Saaremaa_Toiduainetetoostuse_Kombinaat, lk 11
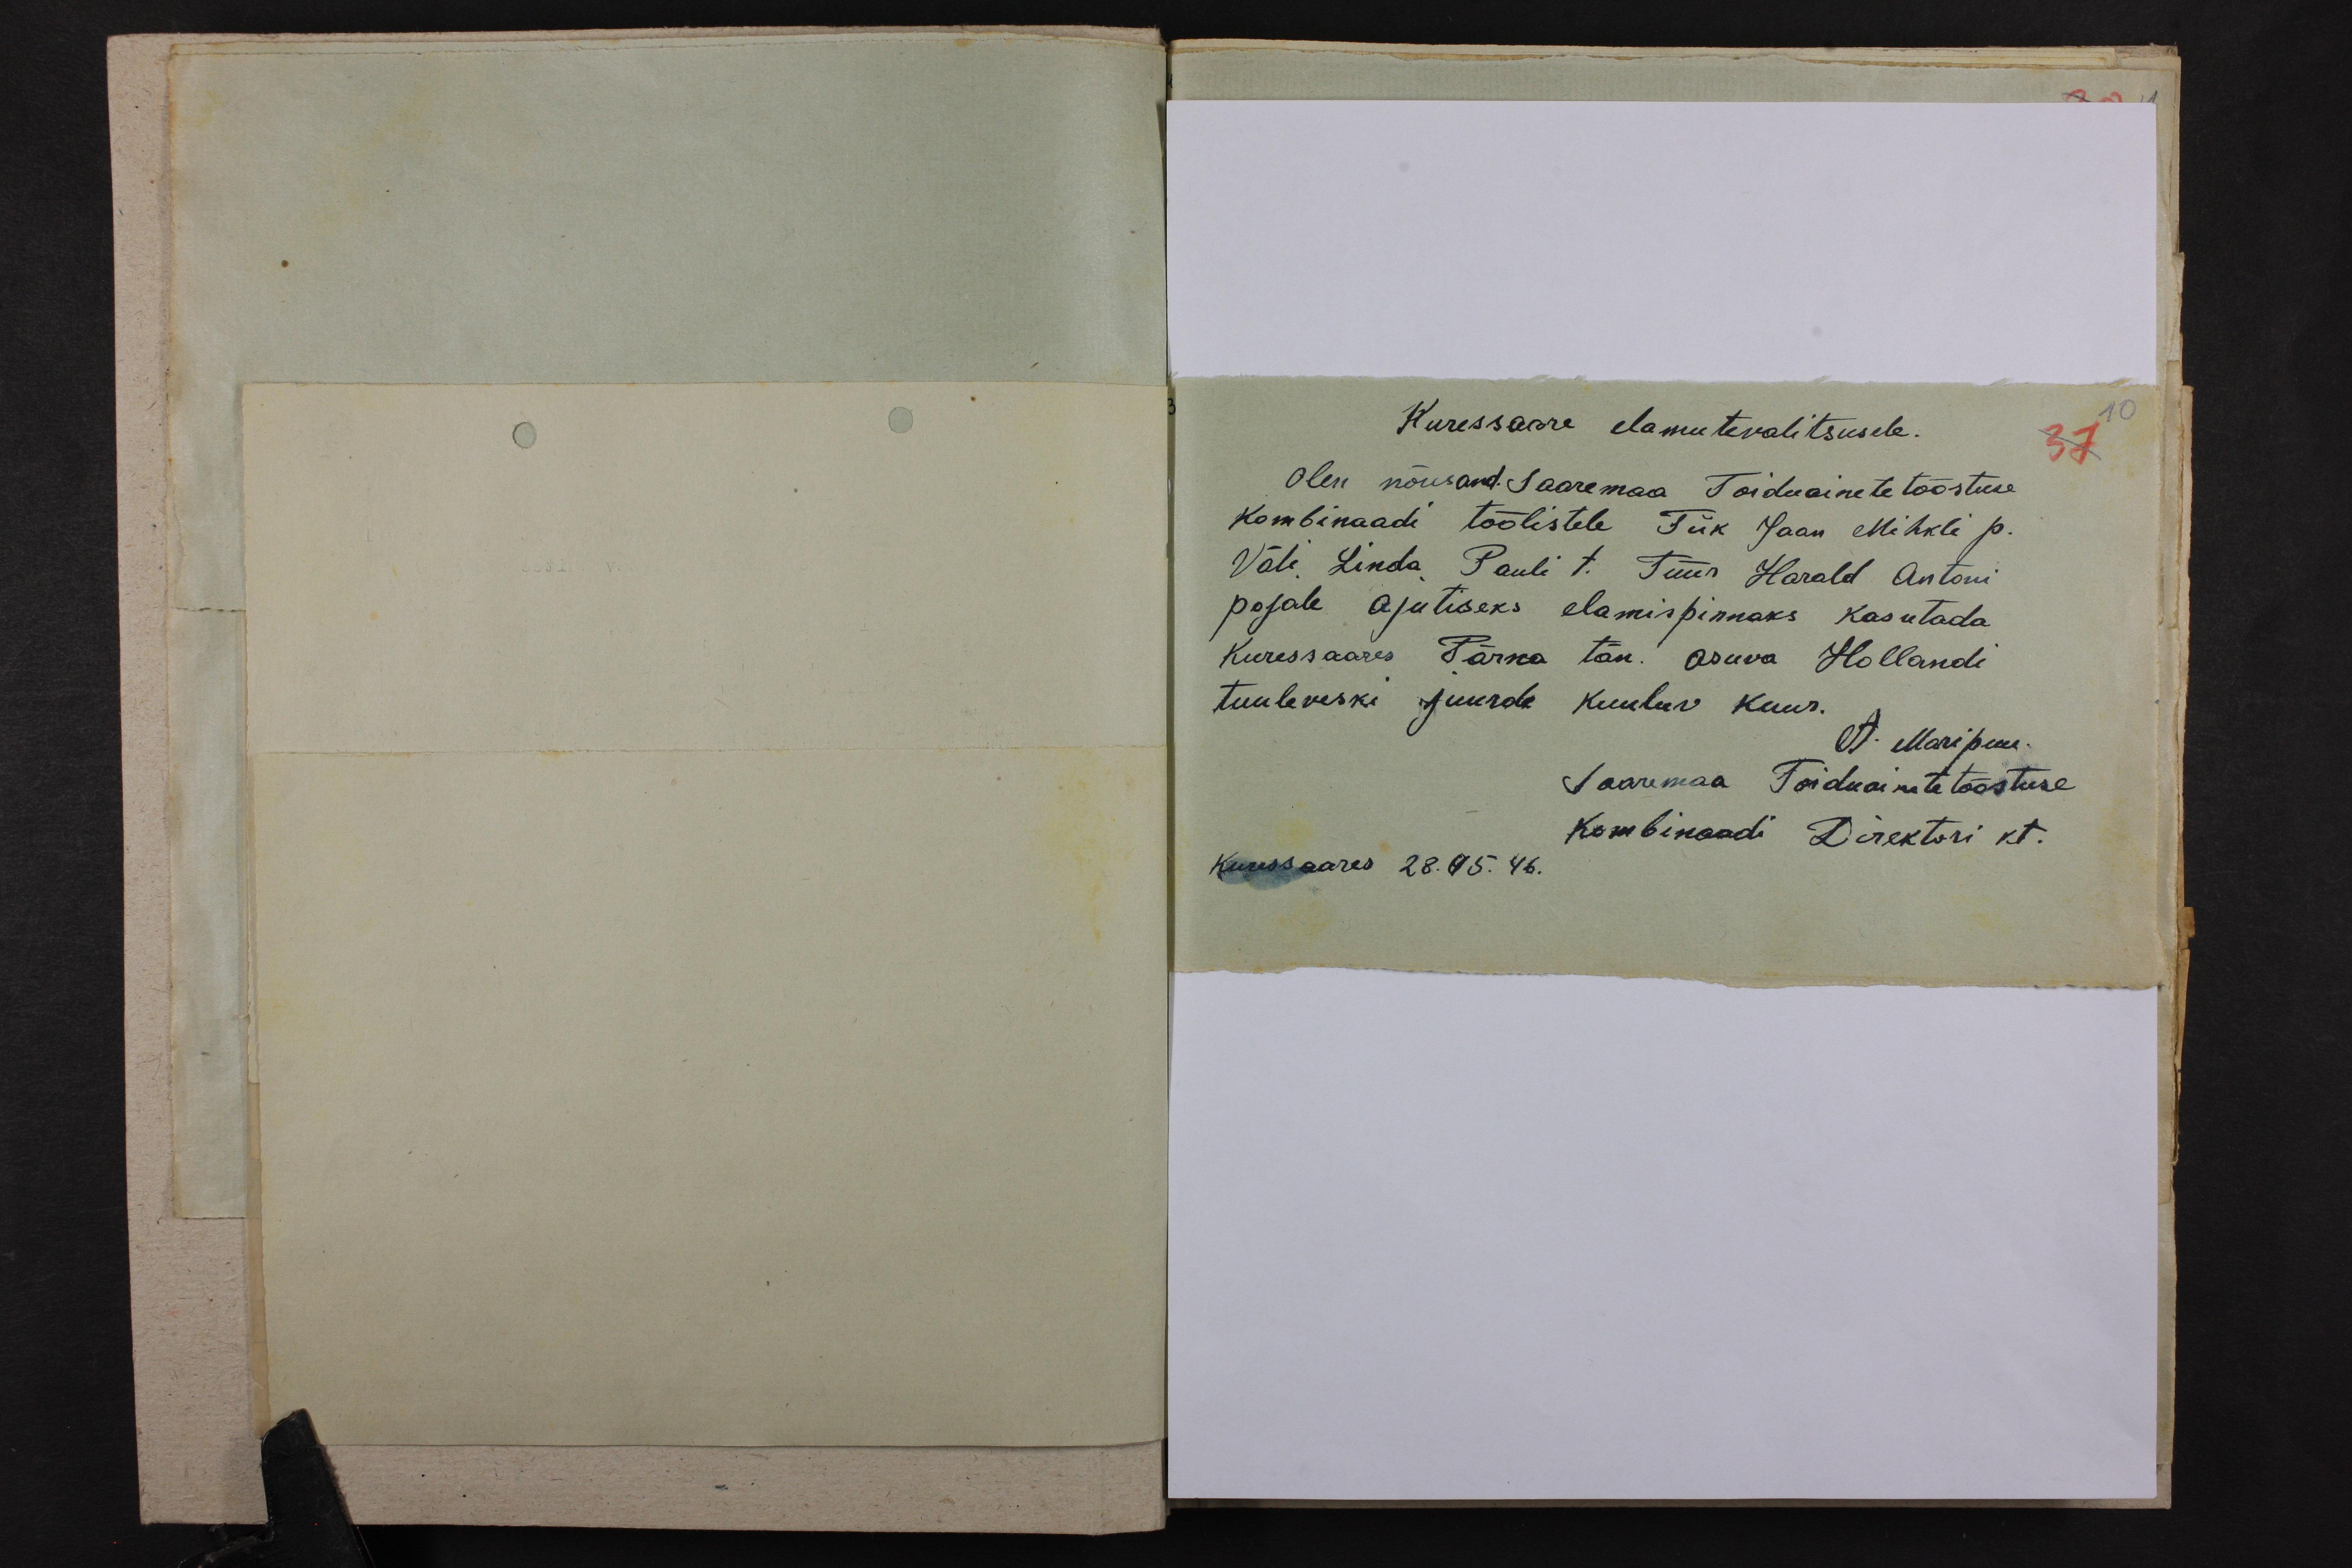
Kuresaare elamutevalitsusele.
37 10
olen nõus and. Saaremaa Toiduainetetööstuse
kombinaadi töölistele Tiik Jaan Mihkli p.
Väli Linda Pauli t. Tüür Harald Antoni
pojale ajutiseks elamispinnaks kasutada
Kuressaares Pärna tän.  asuva Hollandi
tuuleveski juurde kuuluv kuur.
A. Maripuu.
Saaremaa Toiduainete tööstuse
Kombinaadi Direktori kt.
Kuressaares 28.45. 46.